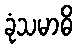
ခုံသမာဓိ